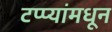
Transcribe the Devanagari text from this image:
टप्प्यांमधून